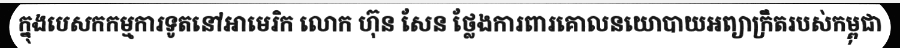
ក្នុងបេសកកម្មការទូតនៅអាមេរិក លោក ហ៊ុន សែន ថ្លែងការពារគោលនយោបាយអព្យាក្រឹតរបស់កម្ពុជា